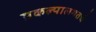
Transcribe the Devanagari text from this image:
प्रकल्पालगतचे